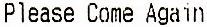
PLEASE COME AGAIN